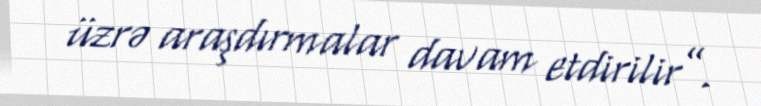
üzrə araşdırmalar davam etdirilir”.